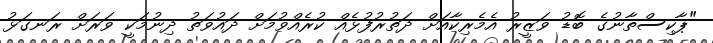
"ޕާކިސްތާނުގެ ބޮޑު ވަޒީރު އެމެރިކާއަށް ދަތުރުފުޅެއް ކުރެއްވުމަށް ދައުވަތު ދިނުމަކީ ވަރަށް ރަނގަޅު